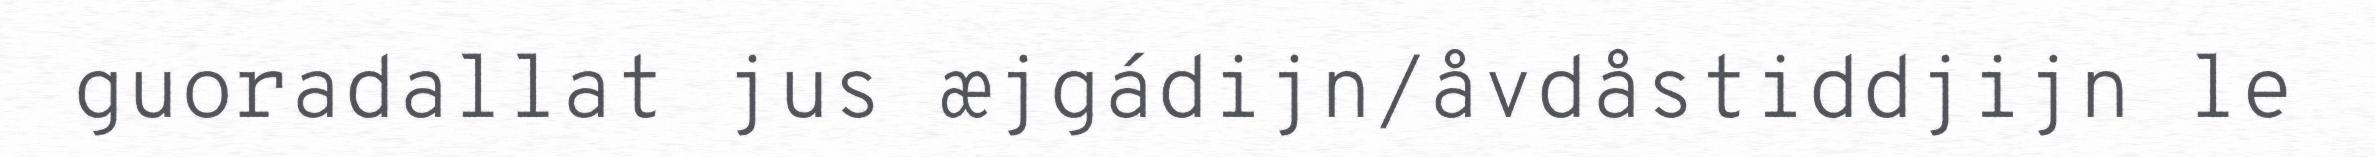
guoradallat jus æjgádijn/åvdåstiddjijn le